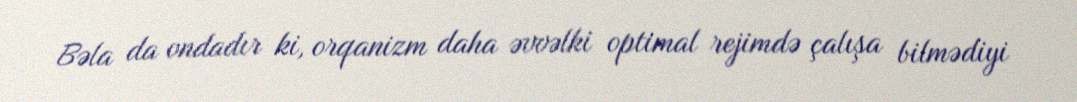
Bəla da ondadır ki, orqanizm daha əvvəlki optimal rejimdə çalışa bilmədiyi